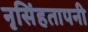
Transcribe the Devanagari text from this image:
नृसिंहतापनी